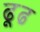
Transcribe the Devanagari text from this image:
ढूढ